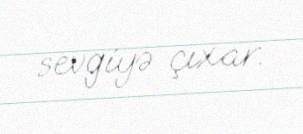
sevgiyə çıxar.